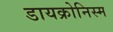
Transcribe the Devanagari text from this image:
डायक्रोनिस्म